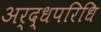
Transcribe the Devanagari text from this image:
अर्द्धपरिधि